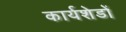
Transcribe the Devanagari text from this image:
कार्यशेडों